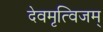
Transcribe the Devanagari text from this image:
देवमृत्विजम्